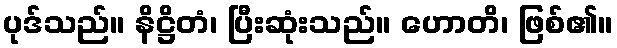
ပုဒ်သည်။ နိဋ္ဌိတံ၊ ပြီးဆုံးသည်။ ဟောတိ၊ ဖြစ်၏။